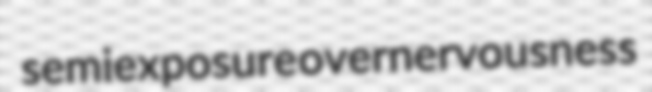
semiexposure overnervousness